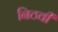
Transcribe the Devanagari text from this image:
निठवी